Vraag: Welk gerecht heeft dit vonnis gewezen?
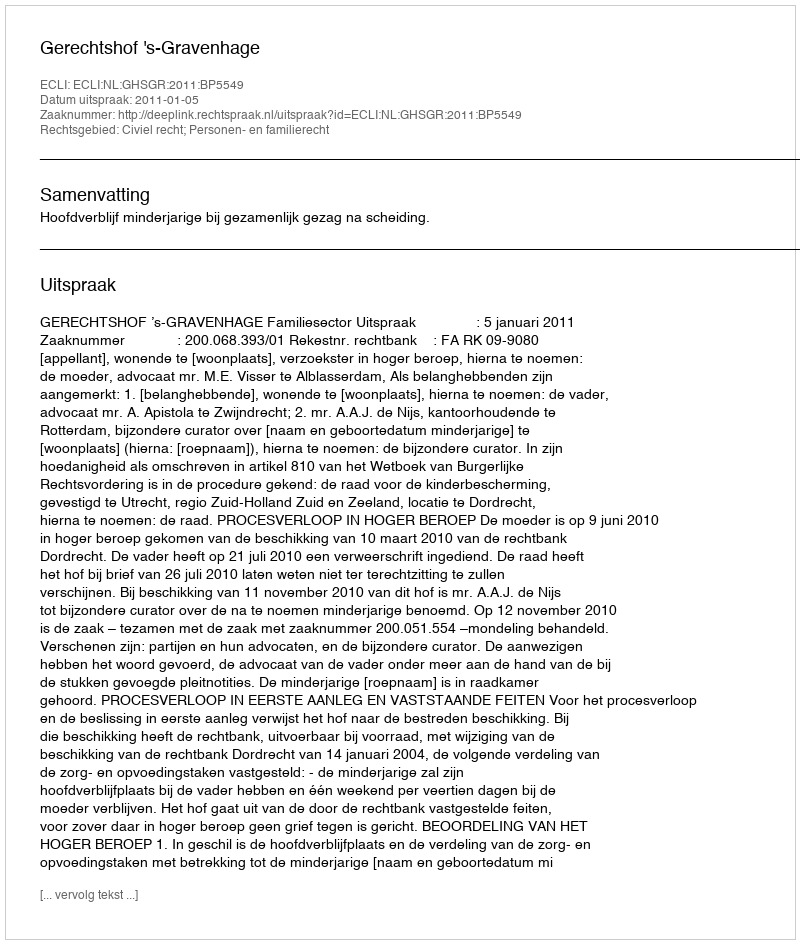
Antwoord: Gerechtshof 's-Gravenhage